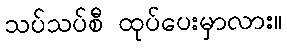
သပ်သပ်စီ ထုပ်ပေးမှာလား။